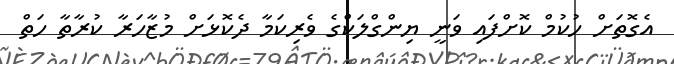
އެގޮތަށް ހުކުމް ކޮށްފައި ވަނީ ޔިންގްލަކްގެ ވެރިކަމާ ދެކޮޅަށް މުޒާހަރާ ކުރާތާ ހަތް